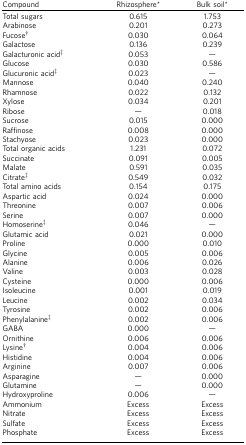
| Compound | Rhizosphere* | Bulk soil* |
 | --- | --- | --- |
 | Total sugars | 0.615 | 1.753 |
 | Arabinose | 0.201 | 0.273 |
 | Fucose† | 0.030 | 0.064 |
 | Galactose | 0.136 | 0.239 |
 | Galacturonic acid‡ | 0.053 | — |
 | Glucose | 0.030 | 0.586 |
 | Glucuronic acid‡ | 0.023 | — |
 | Mannose | 0.040 | 0.240 |
 | Rhamnose | 0.022 | 0.132 |
 | Xylose | 0.034 | 0.201 |
 | Ribose | — | 0.018 |
 | Sucrose | 0.015 | 0.000 |
 | Raffinose | 0.008 | 0.000 |
 | Stachyose | 0.023 | 0.000 |
 | Total organic acids | 1.231 | 0.072 |
 | Succinate | 0.091 | 0.005 |
 | Malate | 0.591 | 0.035 |
 | Citrate‡ | 0.549 | 0.032 |
 | Total amino acids | 0.154 | 0.175 |
 | Aspartic acid | 0.024 | 0.000 |
 | Threonine | 0.007 | 0.006 |
 | Serine | 0.007 | 0.000 |
 | Homoserine‡ | 0.046 | — |
 | Glutamic acid | 0.021 | 0.000 |
 | Proline | 0.000 | 0.010 |
 | Glycine | 0.005 | 0.006 |
 | Alanine | 0.006 | 0.026 |
 | Valine | 0.003 | 0.028 |
 | Cysteine | 0.000 | 0.006 |
 | Isoleucine | 0.001 | 0.019 |
 | Leucine | 0.002 | 0.034 |
 | Tyrosine | 0.002 | 0.006 |
 | Phenylalanine‡ | 0.002 | 0.006 |
 | GABA | 0.000 | — |
 | Ornithine | 0.006 | 0.006 |
 | Lysine† | 0.004 | 0.006 |
 | Histidine | 0.004 | 0.006 |
 | Arginine | 0.007 | 0.006 |
 | Asparagine | — | 0.000 |
 | Glutamine | — | 0.000 |
 | Hydroxyproline | 0.006 | — |
 | Ammonium | Excess | Excess |
 | Nitrate | Excess | Excess |
 | Sulfate | Excess | Excess |
 | Phosphate | Excess | Excess |